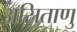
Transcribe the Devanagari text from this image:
असिताणु